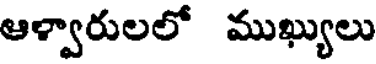
ఆళ్వారులలో ముఖ్యులు